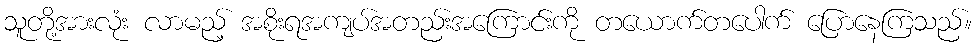
သူတို့အားလုံး လာမည့် အစိုးရအကျပ်အတည်းအကြောင်းကို တယောက်တပေါက် ပြောနေကြသည်။